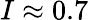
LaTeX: I\approx 0.7